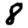
Digit: 8